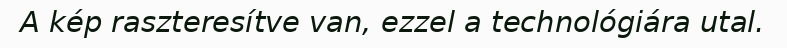
A kép raszteresítve van, ezzel a technológiára utal.